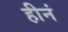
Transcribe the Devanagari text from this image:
हीनं